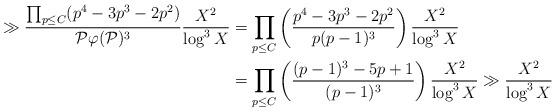
LaTeX: \begin{align*}\gg \frac{\prod_{p \leq C} (p^4 - 3p^3 - 2p^2)}{{\mathcal P} \varphi({\mathcal P})^3} \frac{X^2}{\log^3 X} &= \prod_{p \leq C} \left(\frac{p^4 - 3p^3 - 2p^2}{p(p-1)^3}\right) \frac{X^2}{\log^3 X} \\&= \prod_{p \leq C} \left(\frac{(p-1)^3-5p+1}{(p-1)^3}\right) \frac{X^2}{\log^3 X} \gg \frac{X^2}{\log^3 X}\end{align*}